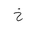
Letter: _kha